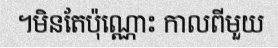
។មិនតែប៉ុណ្ណោះ កាលពីមួយ